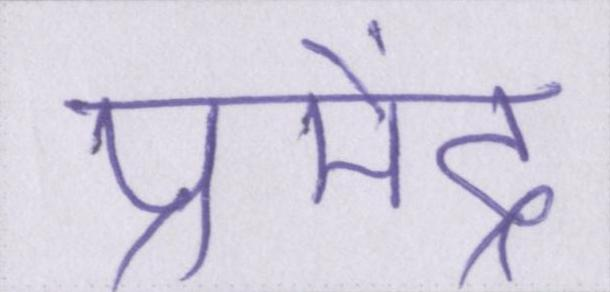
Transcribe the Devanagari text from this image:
प्रमेंद्र